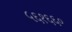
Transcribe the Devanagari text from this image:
५६१६६०